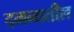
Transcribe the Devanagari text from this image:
दमनातील